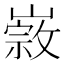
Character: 𡼦